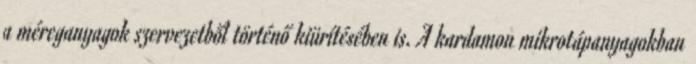
a méreganyagok szervezetből történő kiürítésében is. A kardamon mikrotápanyagokban